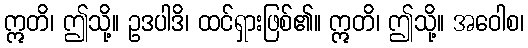
ဣတိ၊ ဤသို့။ ဥဒပါဒိ၊ ထင်ရှားဖြစ်၏။ ဣတိ၊ ဤသို့။ အဝေါစ၊